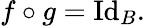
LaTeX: f\circ g=\operatorname{Id}_{B}.